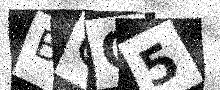
Text: BOO5